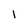
Character: 1